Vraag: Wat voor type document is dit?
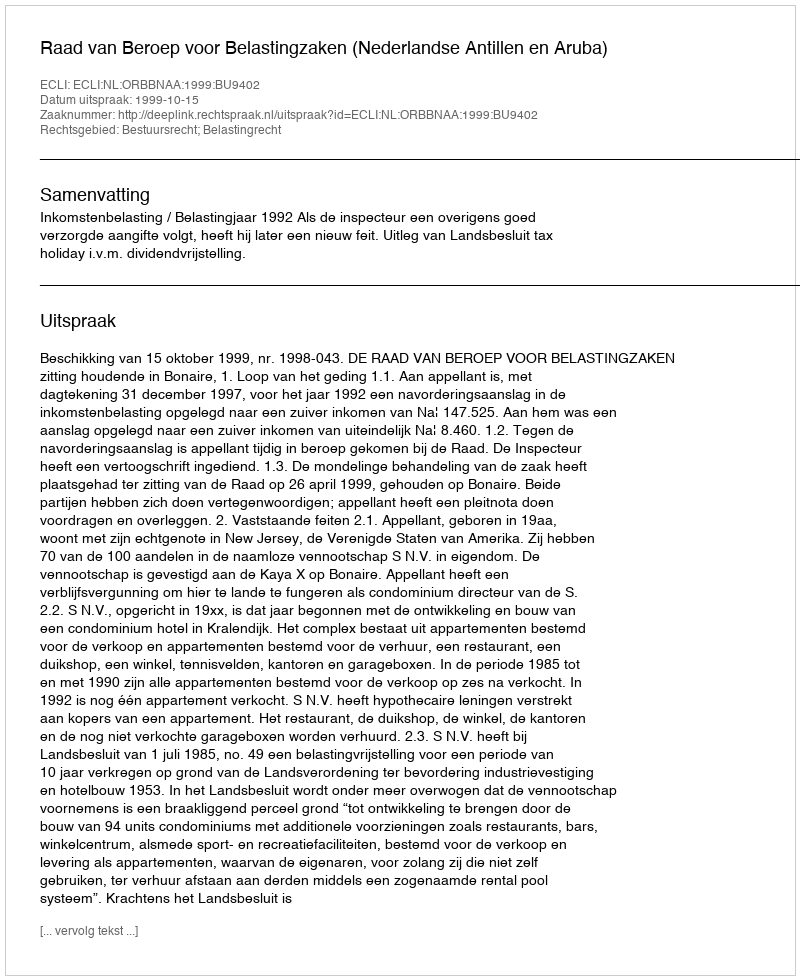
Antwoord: Uitspraak